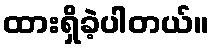
ထားရှိခဲ့ပါတယ်။